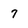
Character: 7